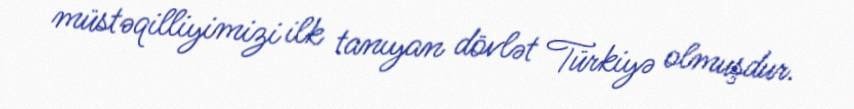
müstəqilliyimizi ilk tanıyan dövlət Türkiyə olmuşdur.